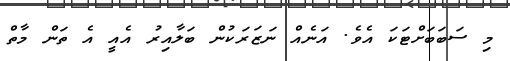
މި ސަބަބަށްޓަކަ އެވެ. އަނެއް ނަޒަރަކުން ބަލާއިރު އެއީ އެ ތަން މާތް